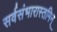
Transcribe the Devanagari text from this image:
सर्वसंभारास्तमिन्‌